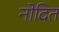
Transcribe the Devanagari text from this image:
नोदित